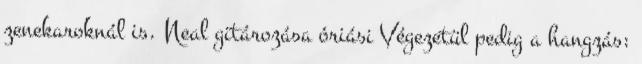
zenekaroknál is. Neal gitározása óriási Végezetül pedig a hangzás: